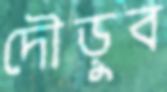
দৌড়ুব